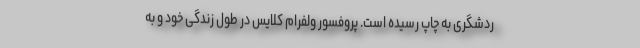
ردشگری به چاپ رسیده است. پروفسور ولفرام کلایس در طول زندگی خود و به